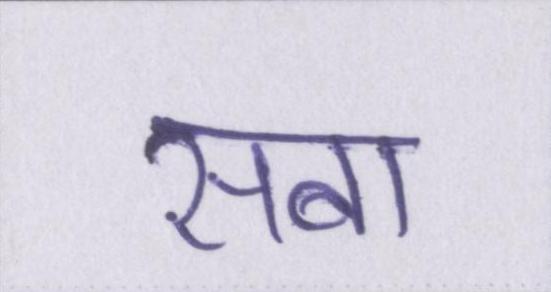
सबा